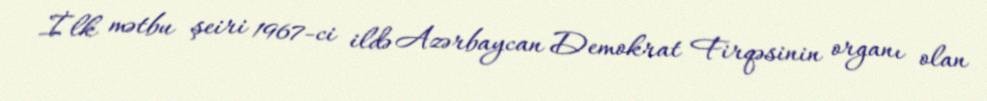
İlk mətbu şeiri 1967-ci ildə Azərbaycan Demokrat Firqəsinin organı olan